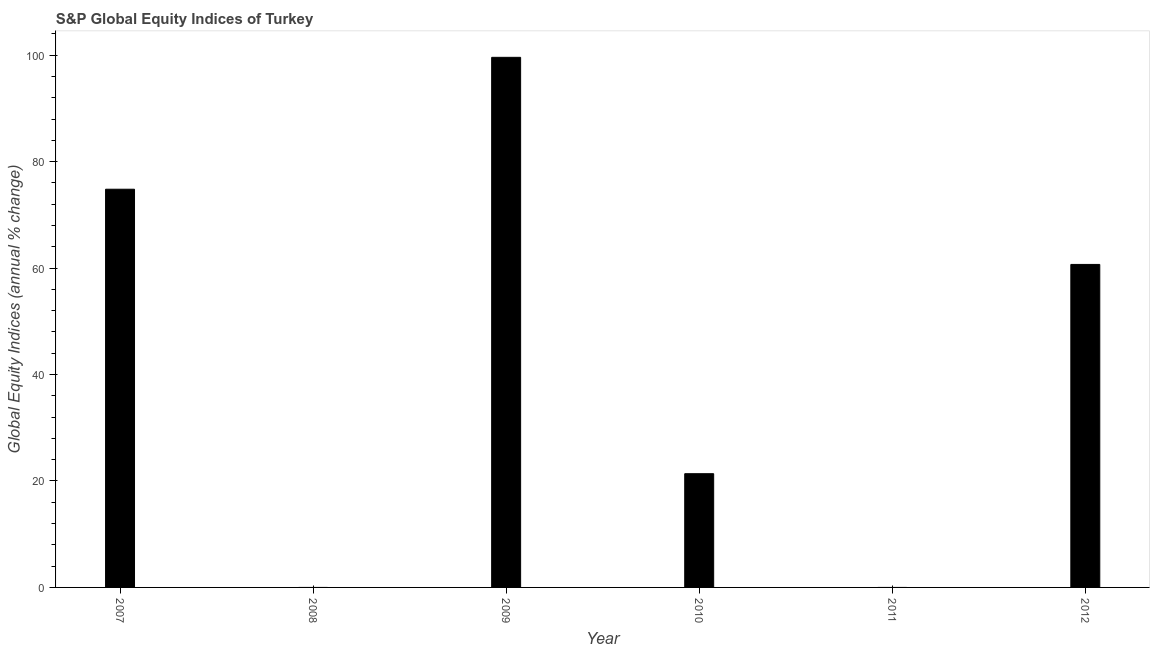
| Year | S&P Global Equity Indices |
 | --- | --- |
 | 2007 | 74.8 |
 | 2008 | -62.4 |
 | 2009 | 99.6 |
 | 2010 | 21.4 |
 | 2011 | -37 |
 | 2012 | 60.7 |